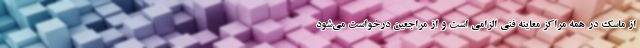
از ماسک در همه مراکز معاینه فنی الزامی است و از مراجعین درخواست می‌شود